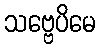
သဗ္ဗေပိမေ